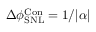
\Delta \phi _ { \mathrm { { S N L } } } ^ { \mathrm { { C o n } } } = 1 / | \alpha |